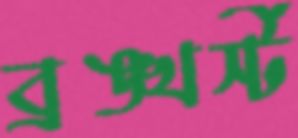
ব্রঙ্খর্স্ট